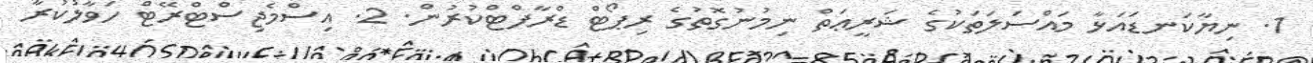
1. ނިޔާކަނޑައަޅާ މައްސަލަތަކުގެ ޝަރީޢަތް ނިމުނުގޮތުގެ ރިޕޯޓް ޑްރާފްޓްކުރުން. 2. އިސްމެޖިސްޓްރޭޓް ހަވާލުކުރާ